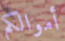
أموالكم